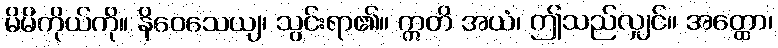
မိမိကိုယ်ကို။ နိဝေသေယျ၊ သွင်းရာ၏။ ဣတိ အယံ၊ ဤသည်လျှင်။ အတ္ထော၊